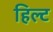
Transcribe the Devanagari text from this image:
हिल्ट